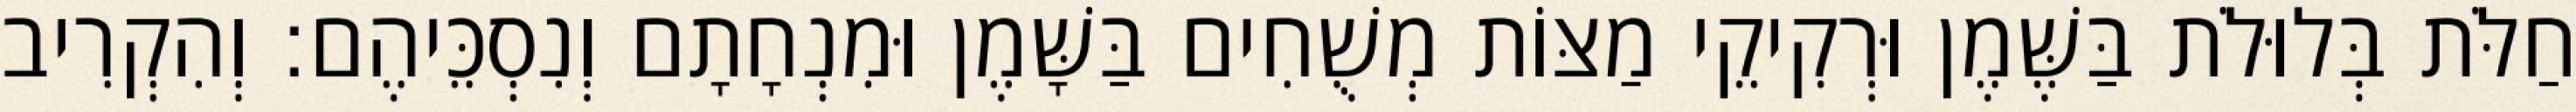
חַלֹּת בְּלוּלֹת בַּשֶּׁמֶן וּרְקִיקֵי מַצּוֹת מְשֻׁחִים בַּשָּׁמֶן וּמִנְחָתָם וְנִסְכֵּיהֶם׃ וְהִקְרִיב